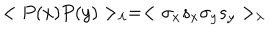
LaTeX: < P ( x ) P ( y ) > _ { \lambda } = < \sigma _ { x } s _ { x } \sigma _ { y } s _ { y } > _ { \lambda }